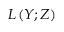
L \left( Y ; Z \right)